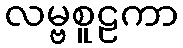
လမ္ဗစူဠကာ